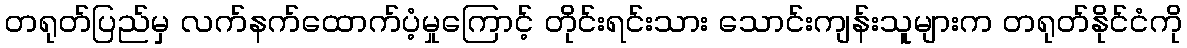
တရုတ်ပြည်မှ လက်နက်ထောက်ပံ့မှုကြောင့် တိုင်းရင်းသား သောင်းကျန်းသူများက တရုတ်နိုင်ငံကို